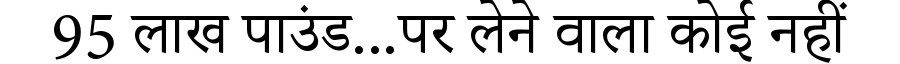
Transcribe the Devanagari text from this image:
95 लाख पाउंड...पर लेने वाला कोई नहीं